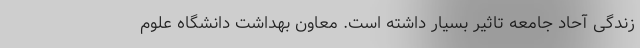
زندگی آحاد جامعه تاثیر بسیار داشته است. معاون بهداشت دانشگاه علوم